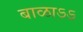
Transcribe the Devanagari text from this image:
बाळाऽऽ